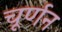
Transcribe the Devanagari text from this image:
चूर्णन